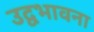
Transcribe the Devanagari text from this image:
उद्वभावना